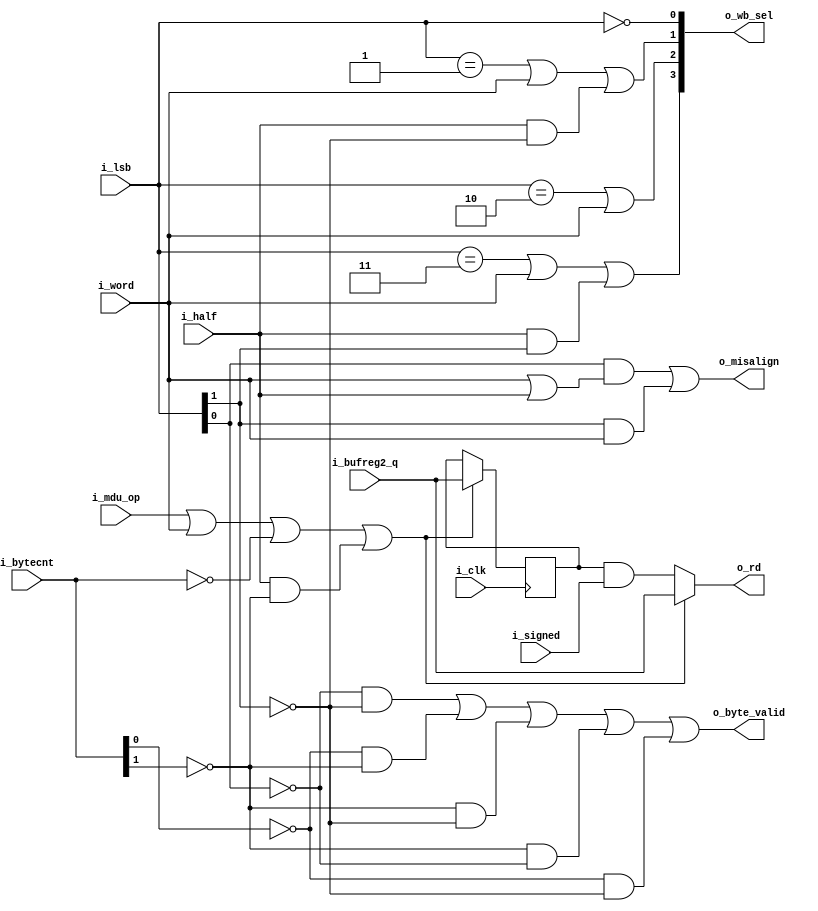
`default_nettype none
module serv_mem_if
  #(parameter [0:0] WITH_CSR = 1)
  (
   input wire 	     i_clk,
   //State
   input wire [1:0]  i_bytecnt,
   input wire [1:0]  i_lsb,
   output wire 	     o_byte_valid,
   output wire 	     o_misalign,
   //Control
   input wire 	     i_signed,
   input wire 	     i_word,
   input wire 	     i_half,
   //MDU
   input wire 	     i_mdu_op,
   //Data
   input wire 	     i_bufreg2_q,
   output wire 	     o_rd,
   //External interface
   output wire [3:0] o_wb_sel);

   reg           signbit;

   /*
    Before a store operation, the data to be written needs to be shifted into
    place. Depending on the address alignment, we need to shift different
    amounts. One formula for calculating this is to say that we shift when
    i_lsb + i_bytecnt < 4. Unfortunately, the synthesis tools don't seem to be
    clever enough so the hideous expression below is used to achieve the same
    thing in a more optimal way.
    */
   assign o_byte_valid
     = (!i_lsb[0] & !i_lsb[1])         |
       (!i_bytecnt[0] & !i_bytecnt[1]) |
       (!i_bytecnt[1] & !i_lsb[1])     |
       (!i_bytecnt[1] & !i_lsb[0])     |
       (!i_bytecnt[0] & !i_lsb[1]);

   wire dat_valid =
	i_mdu_op |
	i_word |
	(i_bytecnt == 2'b00) |
	(i_half & !i_bytecnt[1]);

   assign o_rd = dat_valid ? i_bufreg2_q : signbit & i_signed;

   assign o_wb_sel[3] = (i_lsb == 2'b11) | i_word | (i_half & i_lsb[1]);
   assign o_wb_sel[2] = (i_lsb == 2'b10) | i_word;
   assign o_wb_sel[1] = (i_lsb == 2'b01) | i_word | (i_half & !i_lsb[1]);
   assign o_wb_sel[0] = (i_lsb == 2'b00);

   always @(posedge i_clk) begin
      if (dat_valid)
        signbit <= i_bufreg2_q;
   end

   /*
    mem_misalign is checked after the init stage to decide whether to do a data
    bus transaction or go to the trap state. It is only guaranteed to be correct
    at this time
    */
   assign o_misalign = WITH_CSR & ((i_lsb[0] & (i_word | i_half)) | (i_lsb[1] & i_word));

endmodule